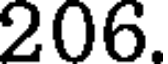
206.